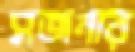
সজনার